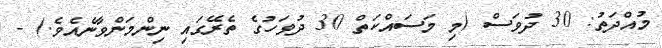
މުއްދަތު: 30 ދުވަސް (މި މަސައްކަތް 30 ދުވަހުގެ ތެރޭގައި ނިންމަންވާނެއެވެ.) -